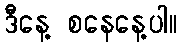
ဒီနေ့ စနေနေ့ပါ။